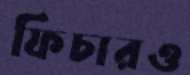
ফিচারও